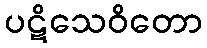
ပဋိသေဝိတော